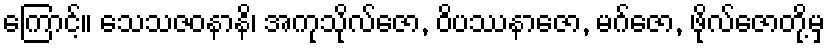
ကြောင့်။ သေသဇဝနာနိ၊ အကုသိုလ်ဇော, ဝိပဿနာဇော, မဂ်ဇော, ဖိုလ်ဇောတို့မှ